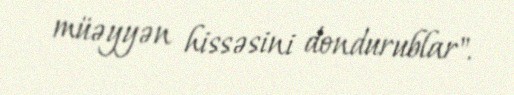
müəyyən hissəsini dondurublar".